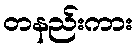
တနည်းကား